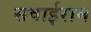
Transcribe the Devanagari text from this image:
सवाईराम